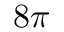
8 \pi